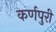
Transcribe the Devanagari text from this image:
कर्णपुरी